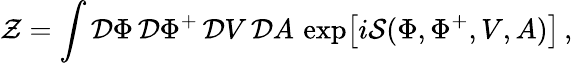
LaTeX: {\cal Z}=\int{\cal D}\Phi\, {\cal D}\Phi^{+}\, {\cal D}V\, {\cal D}A\, \, \mathrm{exp}\big[i{\cal S}(\Phi,\Phi^{+},V,A)\big]\, ,